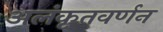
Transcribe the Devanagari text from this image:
अलंकृतवर्णन